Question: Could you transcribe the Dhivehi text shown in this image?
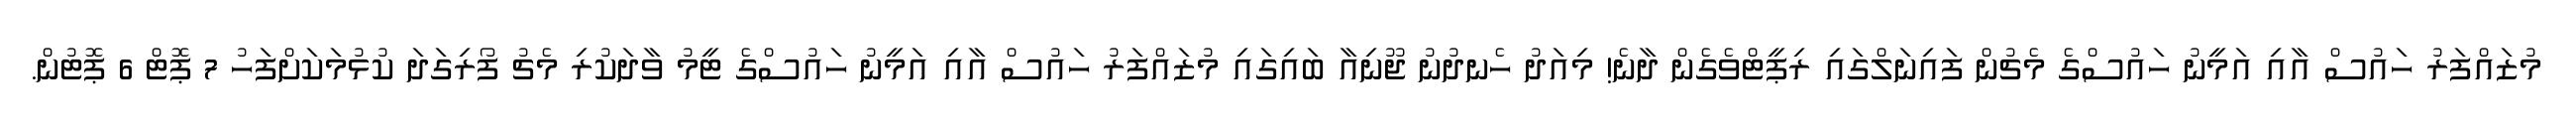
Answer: މުޒައްފަރު ހައުސް އާއި އަމީނު ހައުސްގެ މެޗުން ފައިނަލްގައި ރިޕީޓްވެގެން ދާނެ! މިއަދު ހެނދުނު ޖޫނިއާ ބައިގައި މުޒައްފަރު ހައުސް އާއި އަމީނު ހައުސްގެ ޓީމު ވާދަކުރި މެޗު ފޯރިގަދަ ކުޅުމަކަށްފަހު 7 ޕޮޓް 6 ޕޮޓުން.